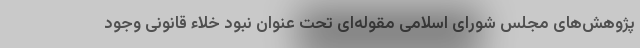
پژوهش‌های مجلس شورای اسلامی مقوله‌ای تحت عنوان نبود خلاء قانونی وجود